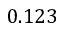
0 . 1 2 3